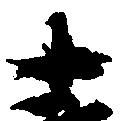
十